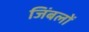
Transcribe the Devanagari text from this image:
जिंबलों